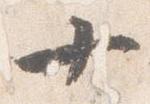
十